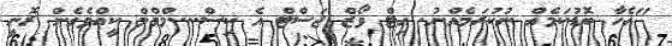
"އެހާ ބޮޑުކަމެއް ނުކުރަމެއްނު. އިޓް ވޯޒް ޖަސްޓް އެ ކިސް....މްމްމް ކީއްވެގެން ރޮނީ